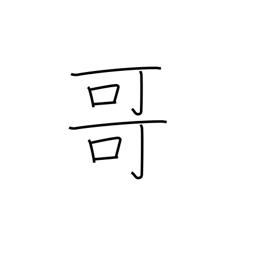
Meaning: big brother